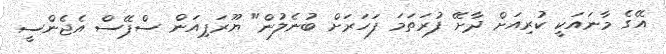
އޭގެ މާނައަކީ ކުރިއަށް ދާށޭ ފުރަތަމަ ފަހަރަށް ބުނެލުން" ޔޫރަޕިއަން ސްޕޭސް އެޖެންސީ